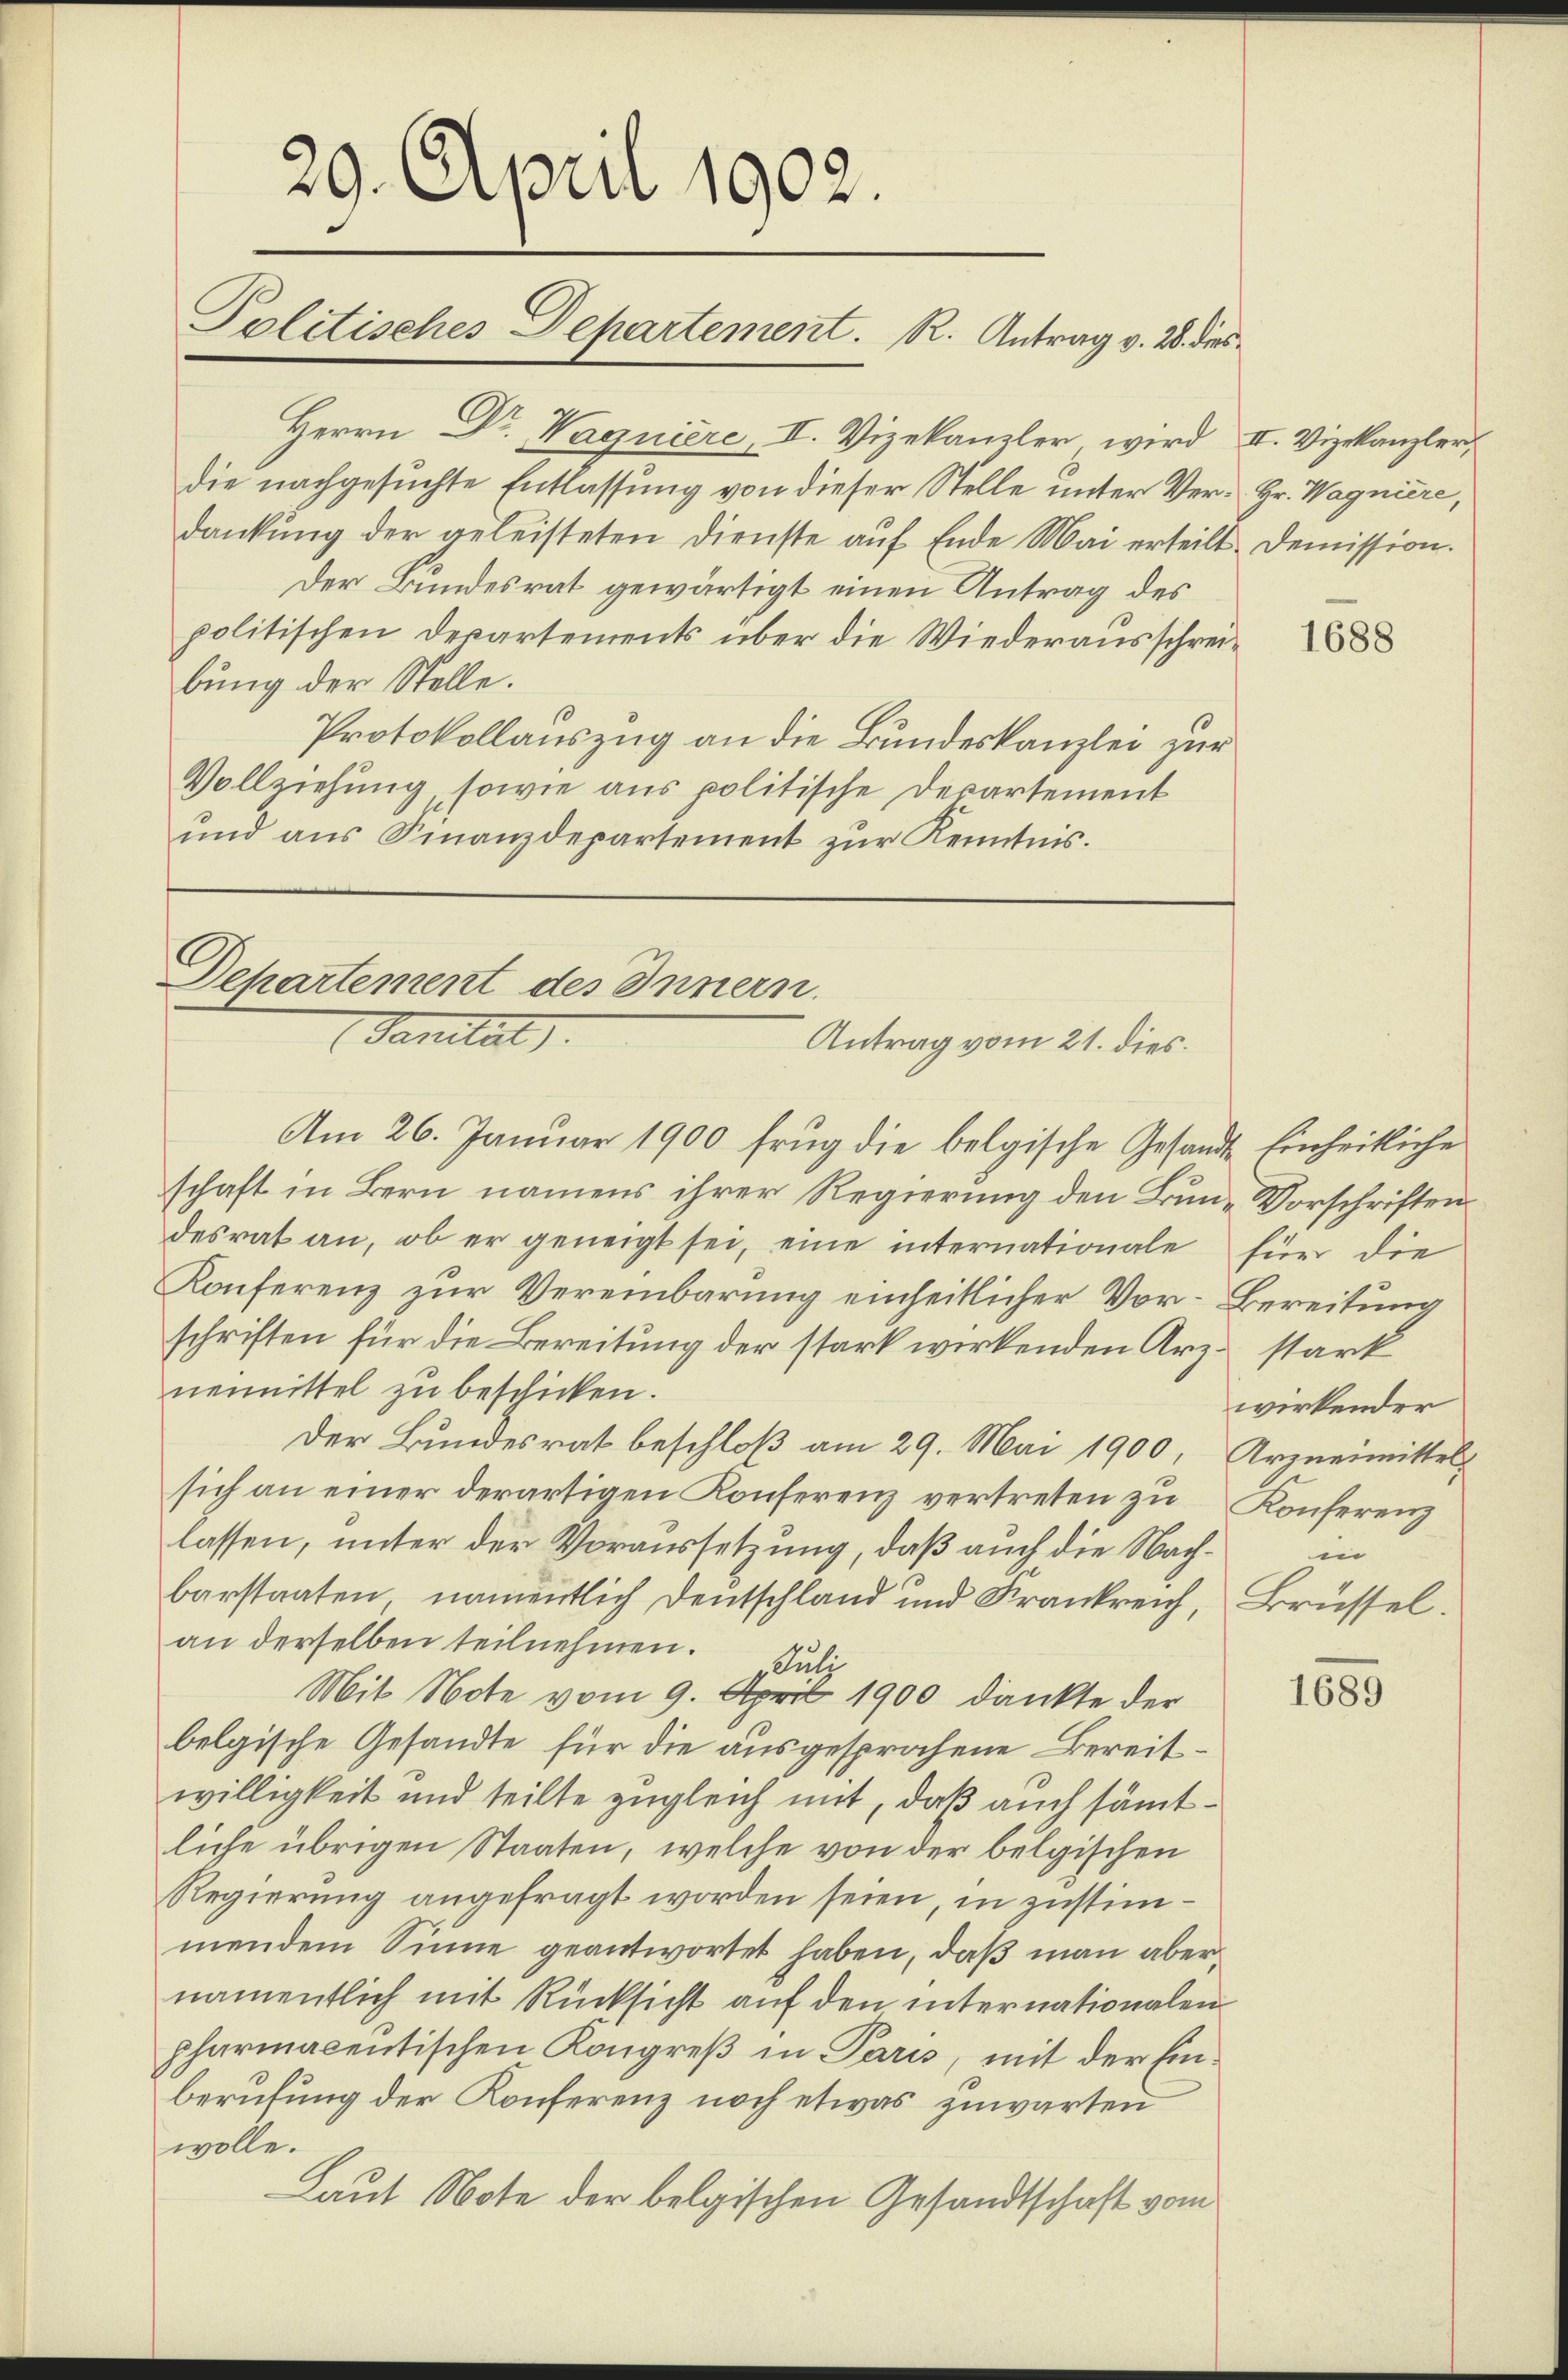
29. April 1902.
Politisches Departement. R. Antrag v. 28. dies

Herrn Dr Waguiere, II. Vizekanzler wird II. Vizekanzler,
die nachgesuchte Entlassung von dieser Stelle unter Ver- Hr. Wagniere,
dankung der geleisteten Dienste auf Ende Mai erteilt. Demission.
Der Bundesrat gewärtigt einen Antrag des
politischen Departements über die Wiederausschreibung der Stelle.
Protokollauszug an die Bundeskanzlei zur
Vollziehung sowie aus politische Departement
und aus Finanzdepartement zur Kenntnis.

C
Departement des Innern.
Sanitat.
Antrag vom 21. dies

Am 26. Januar 1900 frug die belgische Gesandte Einheitliche
schaft in Bern namens ihrer Regierung den Bun-Vorschriften
desrat an, ob er geneigt sei, eine internationale für die
Konferenz zur Vereinbarung einheitlicher Vor- Bereitung
schriften für die Bereitung der stark wirkenden Arz- stark
nenmittel zu beschicken.
Der Bundesrat beschloß am 29. Mai 1900, Arzneimittel
sich an einer derartigen Konferenz vertreten zu Konferenz
lassen, unter der Voraussetzung, daß auch die Nach- in
barstaaten, namentlich Deutschland und Frankreich, Brüssel.
an derselben teilnehmen.
Suli
Mit Note vom 9. April 1900 dankte der
belgische Gesandte für die ausgesprochene Bereitwilligkeit und teilte zugleich mit, daß auch sämtliche übrigen Staaten, welche von der belgischen
Regierung angefragt worden seien, in zustimmendem Sinne geantwortet haben, daß man aber
namentlich mit Rücksicht auf den internationalen
pharmacentischen Kongreß in Paris, mit der Einberufung der Konferenz noch etwas zuwarten
wolle.
Laut Note der belgischen Gesandtschaft vom

1688

wirkender

1685